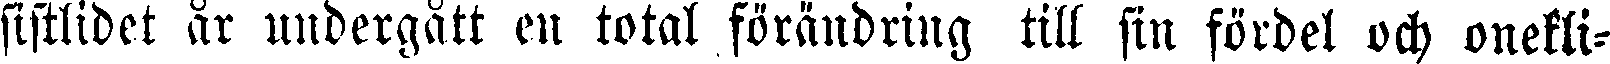
sistlidet år undergått en total förändring till sin fördel och onekli-